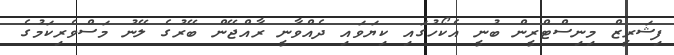
ފިޝަރީޒް މިނިސްޓްރީން ބުނީ އެކޯހުގައި ކިޔަވައި ދެއްވާނީ ރާއްޖޭން ބޭރުގެ ލޭނު މަސްވެރިކަމުގެ